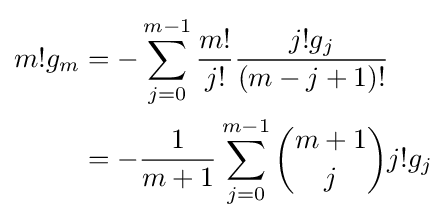
{\begin{aligned}m!g_{m}&=-\sum _{j=0}^{m-1}{\frac {m!}{j!}}{\frac {j!g_{j}}{(m-j+1)!}}\\&=-{\frac {1}{m+1}}\sum _{j=0}^{m-1}{\binom {m+1}{j}}j!g_{j}\\\end{aligned}}